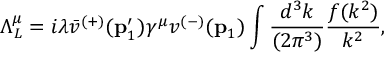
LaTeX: \Lambda _ { L } ^ { \mu } = i \lambda \bar { v } ^ { ( + ) } ( { \bf p } _ { 1 } ^ { \prime } ) \gamma ^ { \mu } v ^ { ( - ) } ( { \bf p } _ { 1 } ) \int \frac { d ^ { 3 } k } { ( 2 \pi ^ { 3 } ) } \frac { f ( k ^ { 2 } ) } { k ^ { 2 } } ,